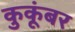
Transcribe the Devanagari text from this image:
कुकूंबर